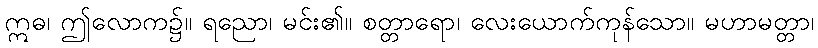
ဣဓ၊ ဤလောက၌။ ရညော၊ မင်း၏။ စတ္တာရော၊ လေးယောက်ကုန်သော။ မဟာမတ္တာ၊